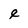
Character: e